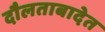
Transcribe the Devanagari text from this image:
दौलताबादेत